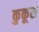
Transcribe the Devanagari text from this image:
कुकूस